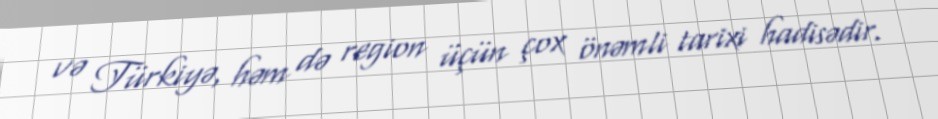
və Türkiyə, həm də region üçün çox önəmli tarixi hadisədir.